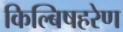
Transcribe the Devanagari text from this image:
किल्बिषहरेण